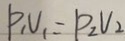
P _ { 1 } V _ { 1 } = P _ { 2 } V _ { 2 }